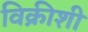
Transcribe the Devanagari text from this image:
विक्रीशी